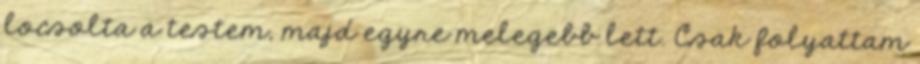
locsolta a testem, majd egyre melegebb lett. Csak folyattam